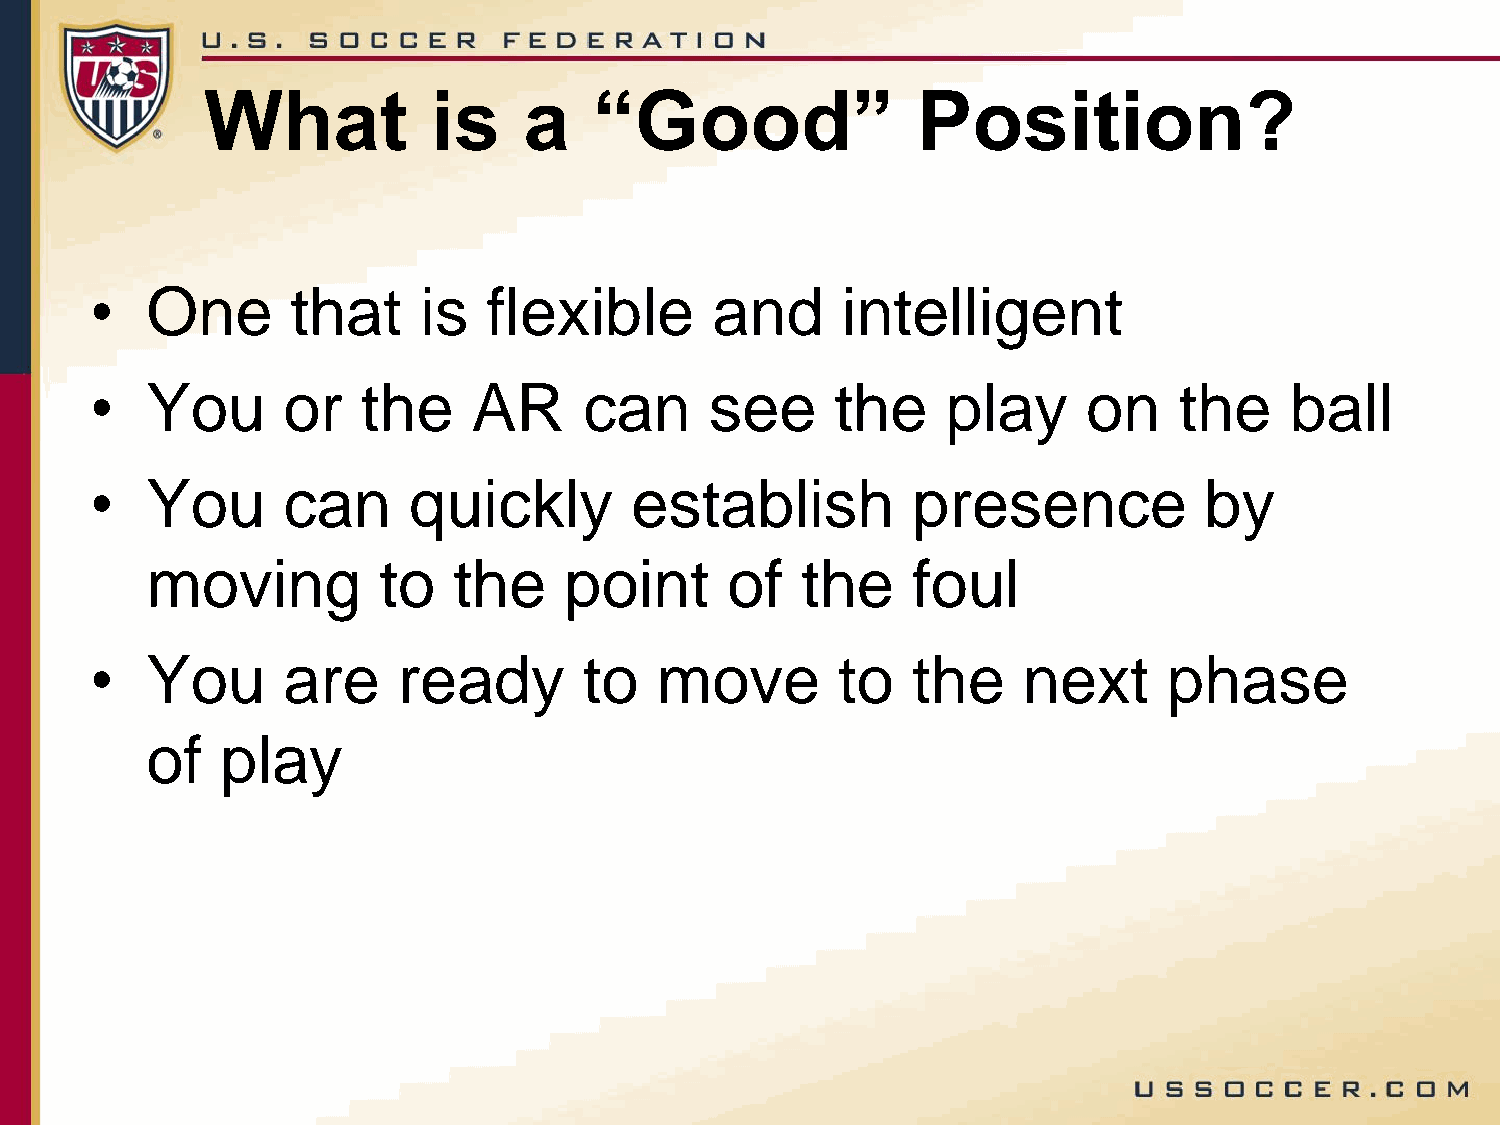
What           is    a   “Good”                Position?
 •   One      that     is  flexible       and      intelligent
 •   You      or   the    AR      can     see     the     play     on    the    ball
 •   You      can     quickly        establish         presence            by
 moving         to   the    point      of   the    foul
 •   You      are    ready        to  move        to   the     next     phase
 of   play